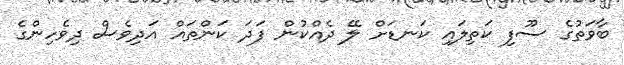
ބާވަތުގެ ސޫފި ކަތިލައި ކަނޑަށް ލޭ ދެއްކުން ފަދަ ކަންތައް އަދިވެސް ދިވެހިންގެ